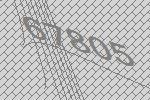
67805